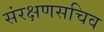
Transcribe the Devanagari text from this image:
संरक्षणसचिव